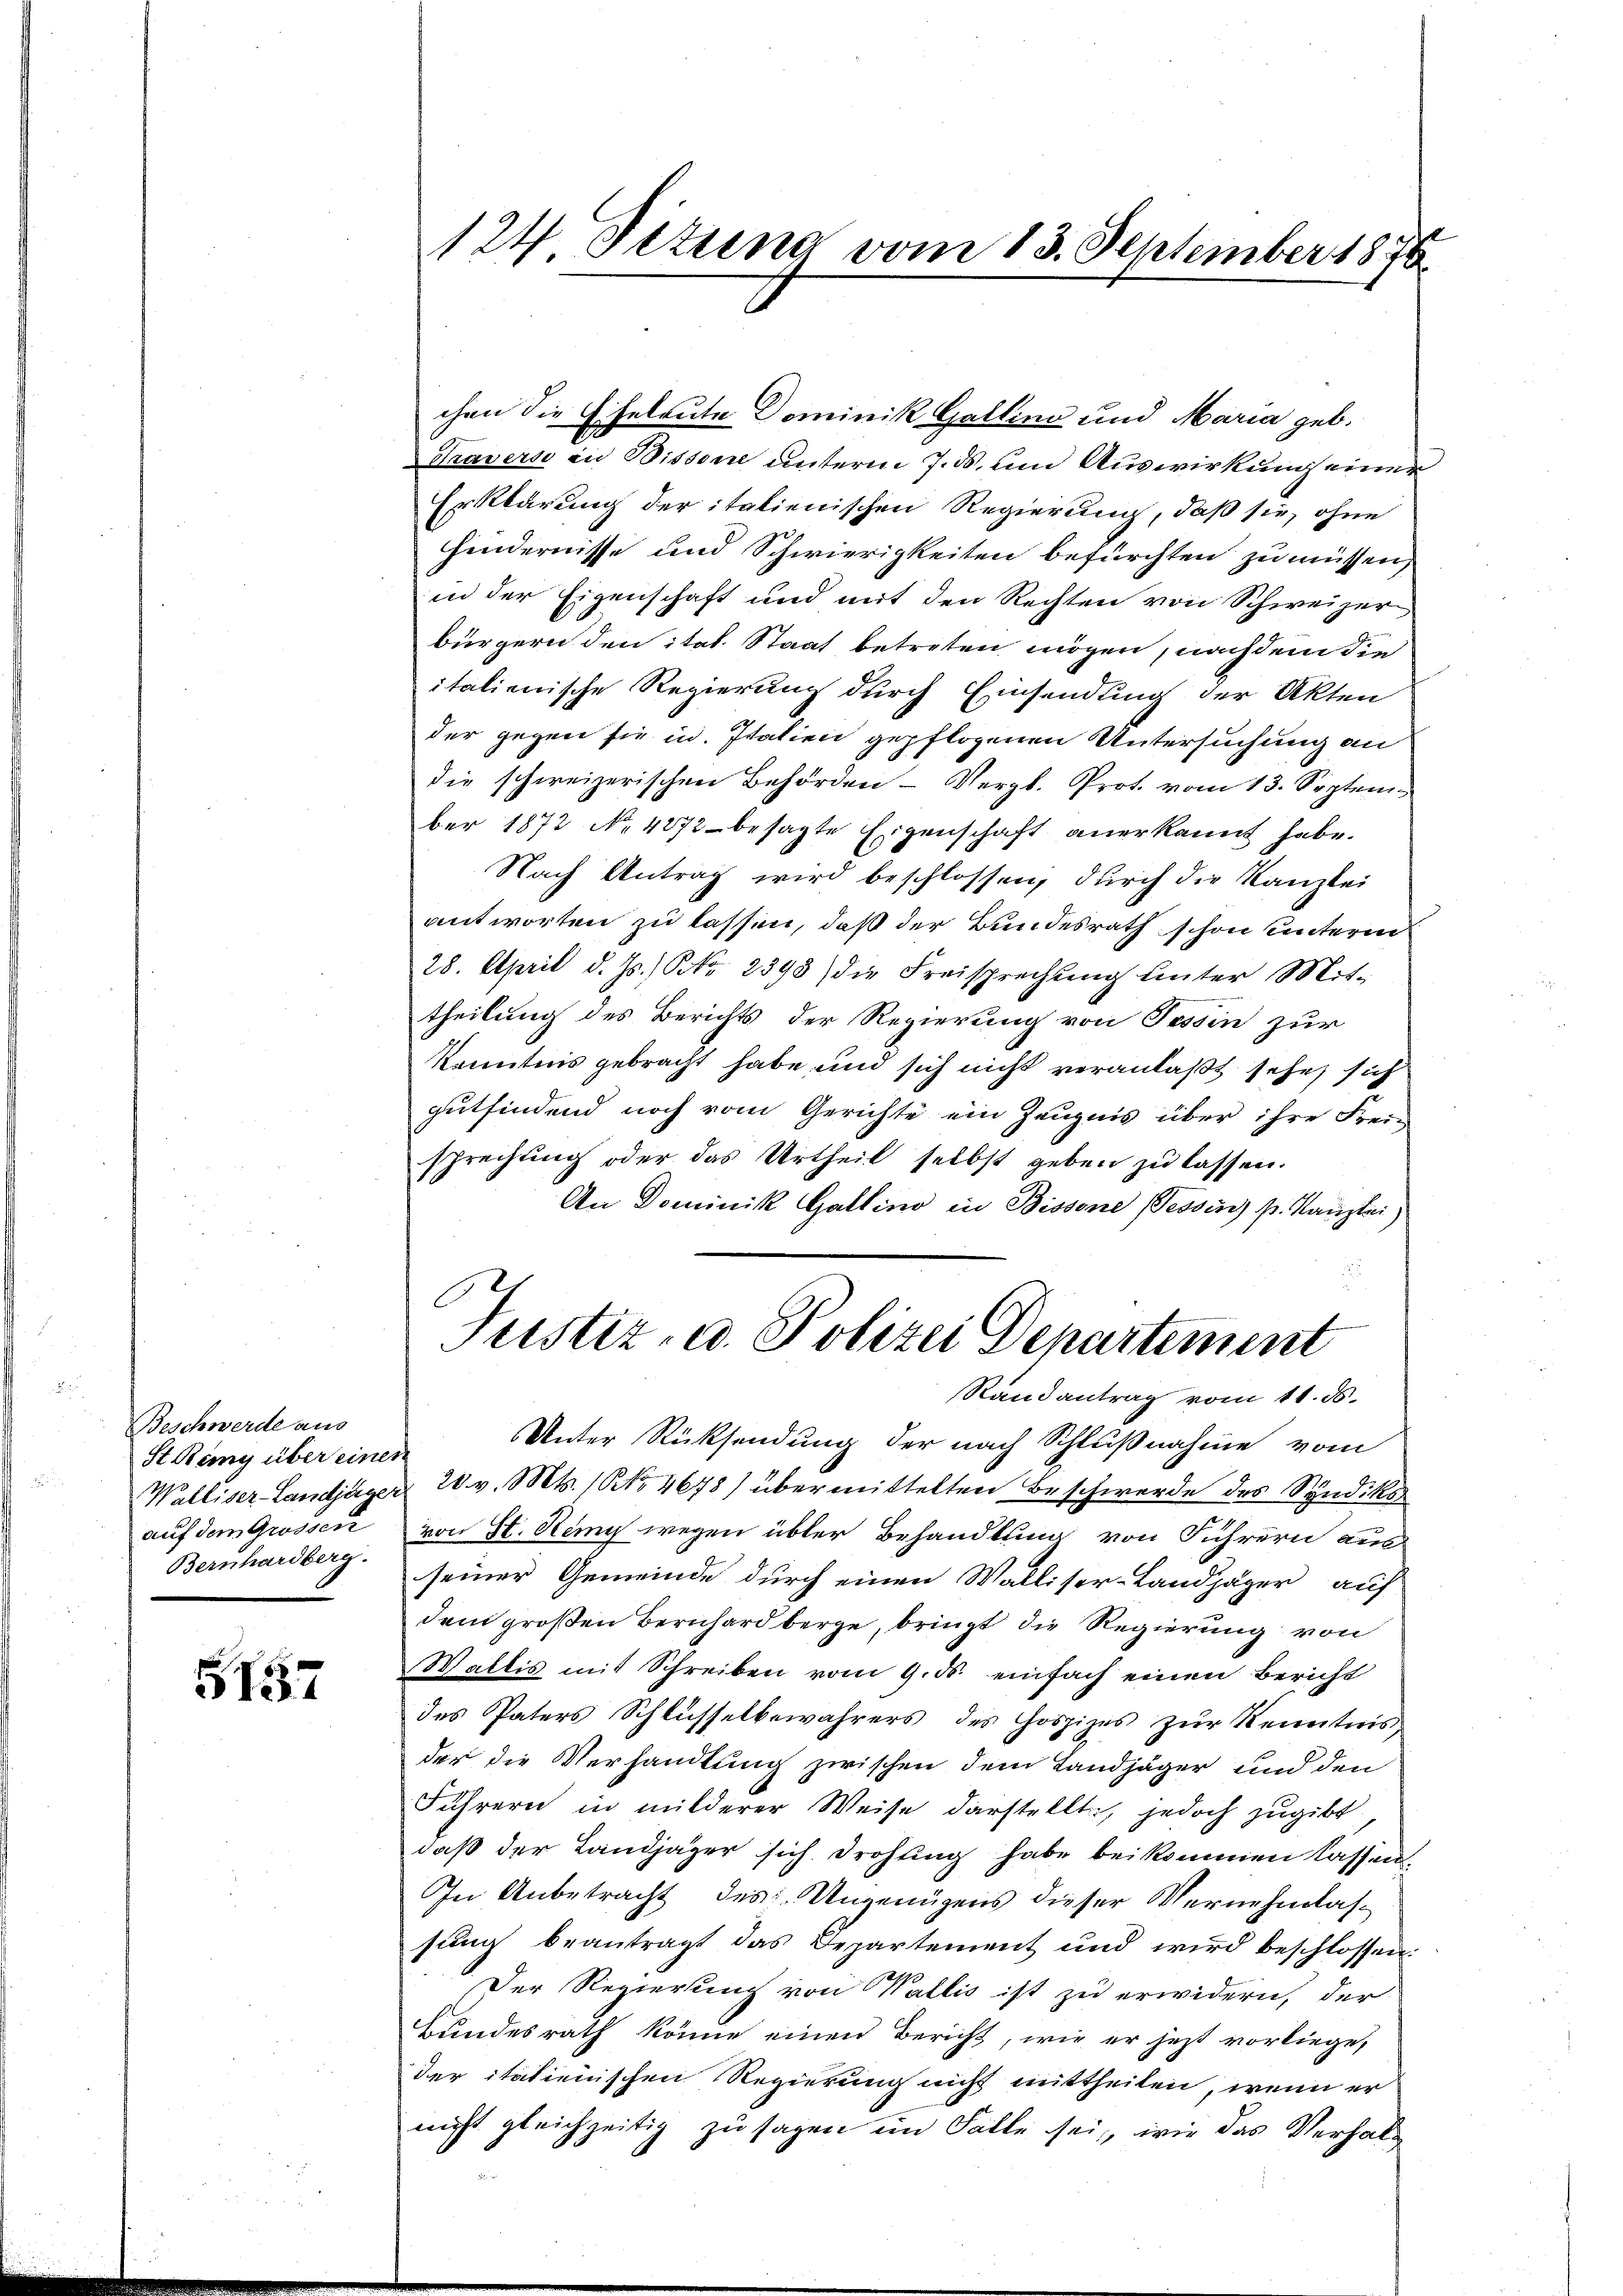
Beschwerde aus
St Remy über einen
auf dem Grossen
Bernhardberg.

5137

chen die Eheleute Dominik Galling und Maria geb.
Travers in Bissone unterm 7. ds. um Auswirkung einer
Erklärung der italienischen Regierung, daß sie, ohne
Hindernisse und Schwierigkeiten befürchten zu müssen,
in der Eigenschaft und mit den Rechten von Schweizer
bürgern den ital. Staat betreten mögen, nachdem die
italienische Regierung durch Einsendung der Akten
der gegen sie in Italien gepflogenen Untersuchung an
die schweizerischen Behörden - Vergl. Prot. vom 13. September 1872 No 4272 besagte Eigenschaft anerkannt habe.
Nach Antrag wird beschlossen, durch die Kanzlei
antworten zu lassen, daß der Bundesrath schon unterm
28. April d. Js., Nr. 2398) die Freisprechŭng unter Mit-
theilung des Berichts der Regierung von Tessin zur
Kenntnis gebracht habe und sich nicht veranlaßt sehe, sich
gutfindend noch vom Gerichte ein Zeugnis über ihre Frei-
sprechung oder das Urtheil selbst geben zu lassen.
An Dominik Gattino in Bissene Tessin) p. Kanzlei
.
d
Justiz- u. Polizei Departement
Randantrag vom 11. ds.
Unter Rücksendung der nach Schlußnahme vom
Walliser-Landjäger 20. v. Mts. (NNo. 4678) übermittelten Beschwerde des Syndiks
von St. Remy wegen übler Behandlung von Führern aus
seiner Gemeinde durch einen Walliser-Landjäger auf
dem großen Bernhard berge, bringt die Regierung von
Wallis mit Schreiben vom 9. ds. einfach einen Bericht
des Paters Schlüsselbewahrers des Gospizes zŭr Kenntnis,
der die Verhandlung zwischen dem Landjäger und den
Führern in milderer Weise darstellte, jedoch zugibt.
daβ der Landjäger sich drohŭng habe bei kommen lassen.
In Anbetracht des Ungenügens dieser Vernehmlassung beantragt das Departement und wird beschlossen:
Der Regierung von Wallis ist zu erwidern, der
Bundesrath könne einen Bericht, wie er jetzt vorliege,
der italienischen Regierung nicht mittheilen, wenn er
nicht gleichzeitig zu sagen im Falle sei, wie das Verhal

124 Setung vom 13. September 1876